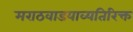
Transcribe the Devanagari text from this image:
मराठवाडयाव्यतिरिक्त